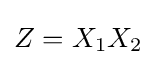
{\textstyle Z=X_{1}X_{2}}